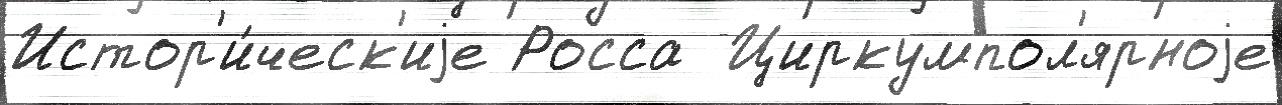
Истор'и́ческ'иjе Росса  Циркумпол'ярноjе